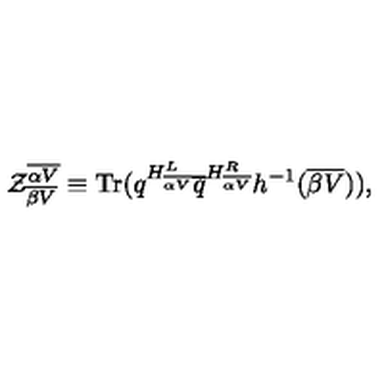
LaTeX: { \cal Z } _ { \overline { { \beta V } } } ^ { \overline { { \alpha V } } } \equiv \mathrm { T r } ( q ^ { H _ { \overline { { \alpha V } } } ^ { L } } { \overline { q } } ^ { H _ { \overline { { \alpha V } } } ^ { R } } h ^ { - 1 } ( { \overline { { \beta V } } } ) ) ,